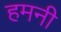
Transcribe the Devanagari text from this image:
हमनी